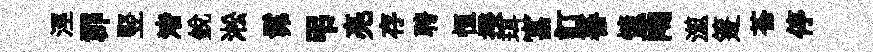
涇郡竪渚銳淞髴弔亮存聘恒揆珥富訂蕃慷雨澨箑苍停